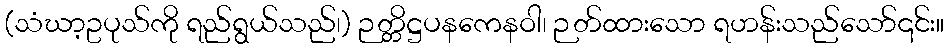
(သံဃာ့ဥပုသ်ကို ရည်ရွယ်သည်၊) ဉတ္တိဋ္ဌပနကေနဝါ၊ ဉတ်ထားသော ရဟန်းသည်သော်၎င်း။